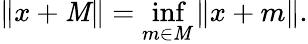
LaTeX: \| x+\mathit{M}\| =\operatorname*{inf}_{m\in\mathit{M}}\| x+m\| .